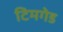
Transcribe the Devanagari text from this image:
टिमगेड